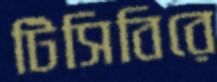
টিসিবিরে